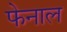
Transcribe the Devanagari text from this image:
फेनाल